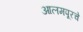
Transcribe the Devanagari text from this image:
आलमपूरचे